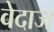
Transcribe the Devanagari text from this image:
वेदाज